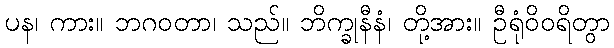
ပန၊ ကား။ ဘဂဝတာ၊ သည်။ ဘိက္ခုနီနံ၊ တို့အား။ ဦရုံဝိဝရိတွာ